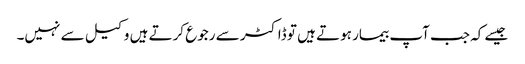
جیسے کہ جب آپ بیمار ہوتے ہیں تو ڈاکٹر سے رجوع کرتے ہیں وکیل سے نہیں۔